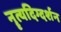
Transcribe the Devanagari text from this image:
नॄत्यदिग्दर्शन